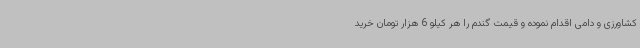
کشاورزی و دامی اقدام نموده و قیمت گندم را هر کیلو 6 هزار تومان خرید